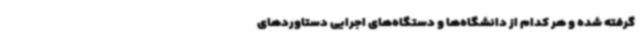
گرفته شده و هر کدام از دانشگاه‌ها و دستگاه‌های اجرایی دستاوردهای